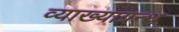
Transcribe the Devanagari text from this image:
व्याख्याग्रन्थ